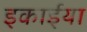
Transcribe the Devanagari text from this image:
इकाईया